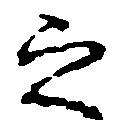
之